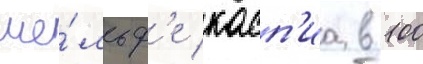
ше́льф'е касп'иа в 100